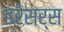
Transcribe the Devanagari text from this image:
ड्रेसर्स